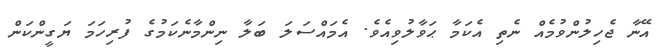
އޭނާ ޖެހިލުންވުމެއް ނެތި އެކަމާ ޙަވާލުވިއެވެ. އެމައްސަލަ ބަލާ ނިންމާނެކަމުގެ ފުރިހަމަ ޔަގީންކަން